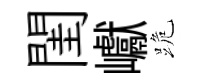
閨巘跪